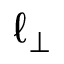
\ell _ { \perp }